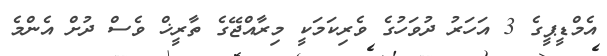
އެމްޑީޕީގެ 3 އަހަރު ދުވަހުގެ ވެރިކަމަކީ މިރާއްޖޭގެ ތާރީޚް ވެސް ދުށް އެންމެ